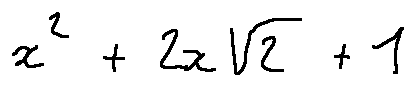
x ^ { 2 } + 2 x \sqrt { 2 } + 1